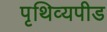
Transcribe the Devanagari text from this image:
पृथिव्यपीड